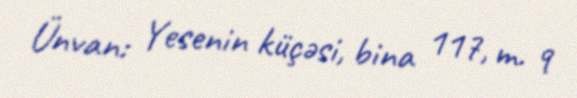
Ünvan: Yesenin küçəsi, bina 117, m. 9